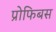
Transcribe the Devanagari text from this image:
प्रोफिबस